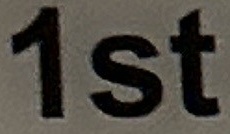
1st